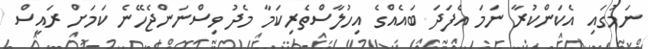
ނަމުގައި އެކަންކުރާ ނަމަ އެފަދަ ބައެއްގެ އިހުލާސްތެރިކަމާ މެދު ވިސްނަންޖެހޭނެ ކަމަށް ރައީސް